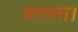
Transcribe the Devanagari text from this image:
जागना।